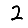
Digit: 2